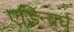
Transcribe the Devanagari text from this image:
एडिन्बर्घ